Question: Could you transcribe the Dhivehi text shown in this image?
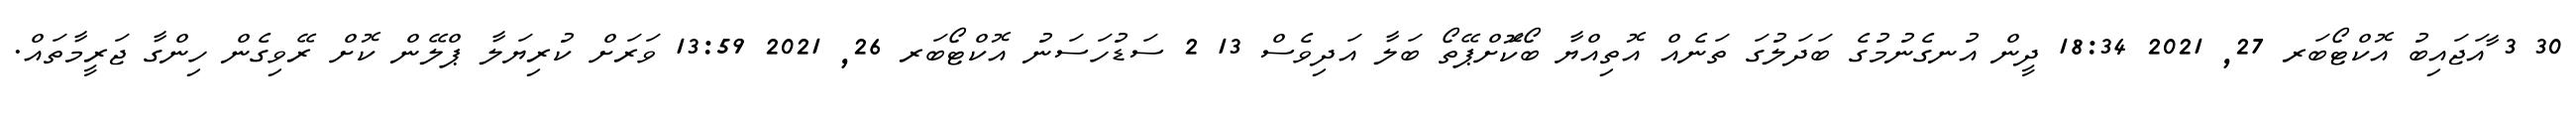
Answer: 30 3 ާއަޖައިބު އޮކްޓޯބަރ 27, 2021 18:34 ދީން އުނގެނުމުގެ ބަދަލުގަ ތަނެއް އޮތިއްޔާ ބޯކޮަށްޕޭތޯ ބަލާ އަދިވެސް 13 2 ސަޑުހަސަނު އޮކްޓޯބަރ 26, 2021 13:59 ވަރަށް ކުރިޔަލާ ޕްލޭން ކޮށް ރޭވިގެން ހިންގާ ޖަރީމާތައް.